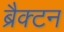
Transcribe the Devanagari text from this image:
ब्रैक्टन